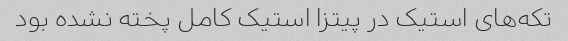
تکه‌های استیک در پیتزا استیک کامل پخته نشده بود